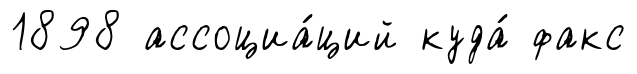
1898 ассоциа́ций куда́ факс